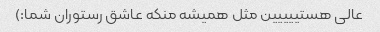
عالی هستییییین مثل همیشه منکه عاشق رستوران شما:)